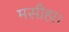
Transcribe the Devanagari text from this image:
मसीहा।